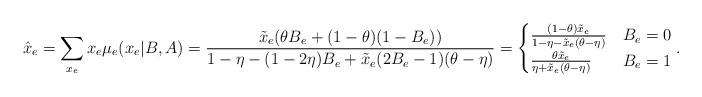
LaTeX: \begin{align*} \hat x_e= \sum_{x_e} x_e \mu_e(x_e|B,A) = \frac{\tilde x_e (\theta B_e + (1-\theta) (1-B_e))}{1-\eta-(1-2\eta) B_e + \tilde x_e (2B_e-1) ( \theta- \eta) } =\begin{cases} \frac{(1-\theta) \tilde x_e}{1-\eta - \tilde x_e (\theta-\eta) } & B_e=0 \\ \frac{\theta \tilde x_e}{\eta + \tilde x_e (\theta-\eta) } & B_e=1 \\ \end{cases}. \end{align*}